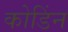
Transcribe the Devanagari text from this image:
कोडिंन